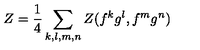
Z = { \frac { 1 } { 4 } } \sum _ { k , l , m , n } Z ( f ^ { k } g ^ { l } , f ^ { m } g ^ { n } )